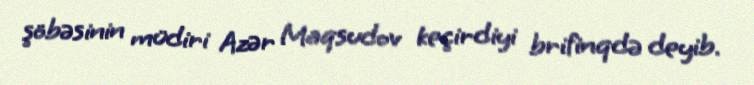
şöbəsinin müdiri Azər Maqsudov keçirdiyi brifinqdə deyib.